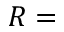
R =